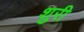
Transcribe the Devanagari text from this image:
शुरी